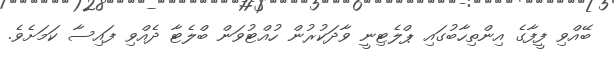
ބޭއްވި ފީފާގެ އިންތިހާބުގައި ޕްލެޓިނީ ވާދަކުރުން ހުއްޓުވަން ބްލެޓާ ދެއްވި ފައިސާ ކަމަށެވެ.